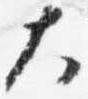
大